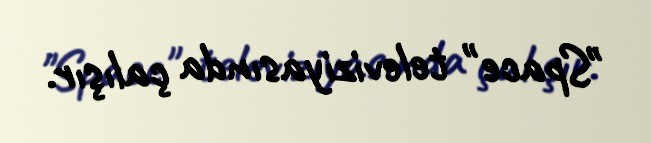
"Space" televiziyasında çalışır.